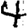
Digit: 4